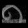
Digit: ၈